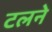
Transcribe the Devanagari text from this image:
टलने